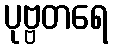
ပုဗ္ဗတရေ